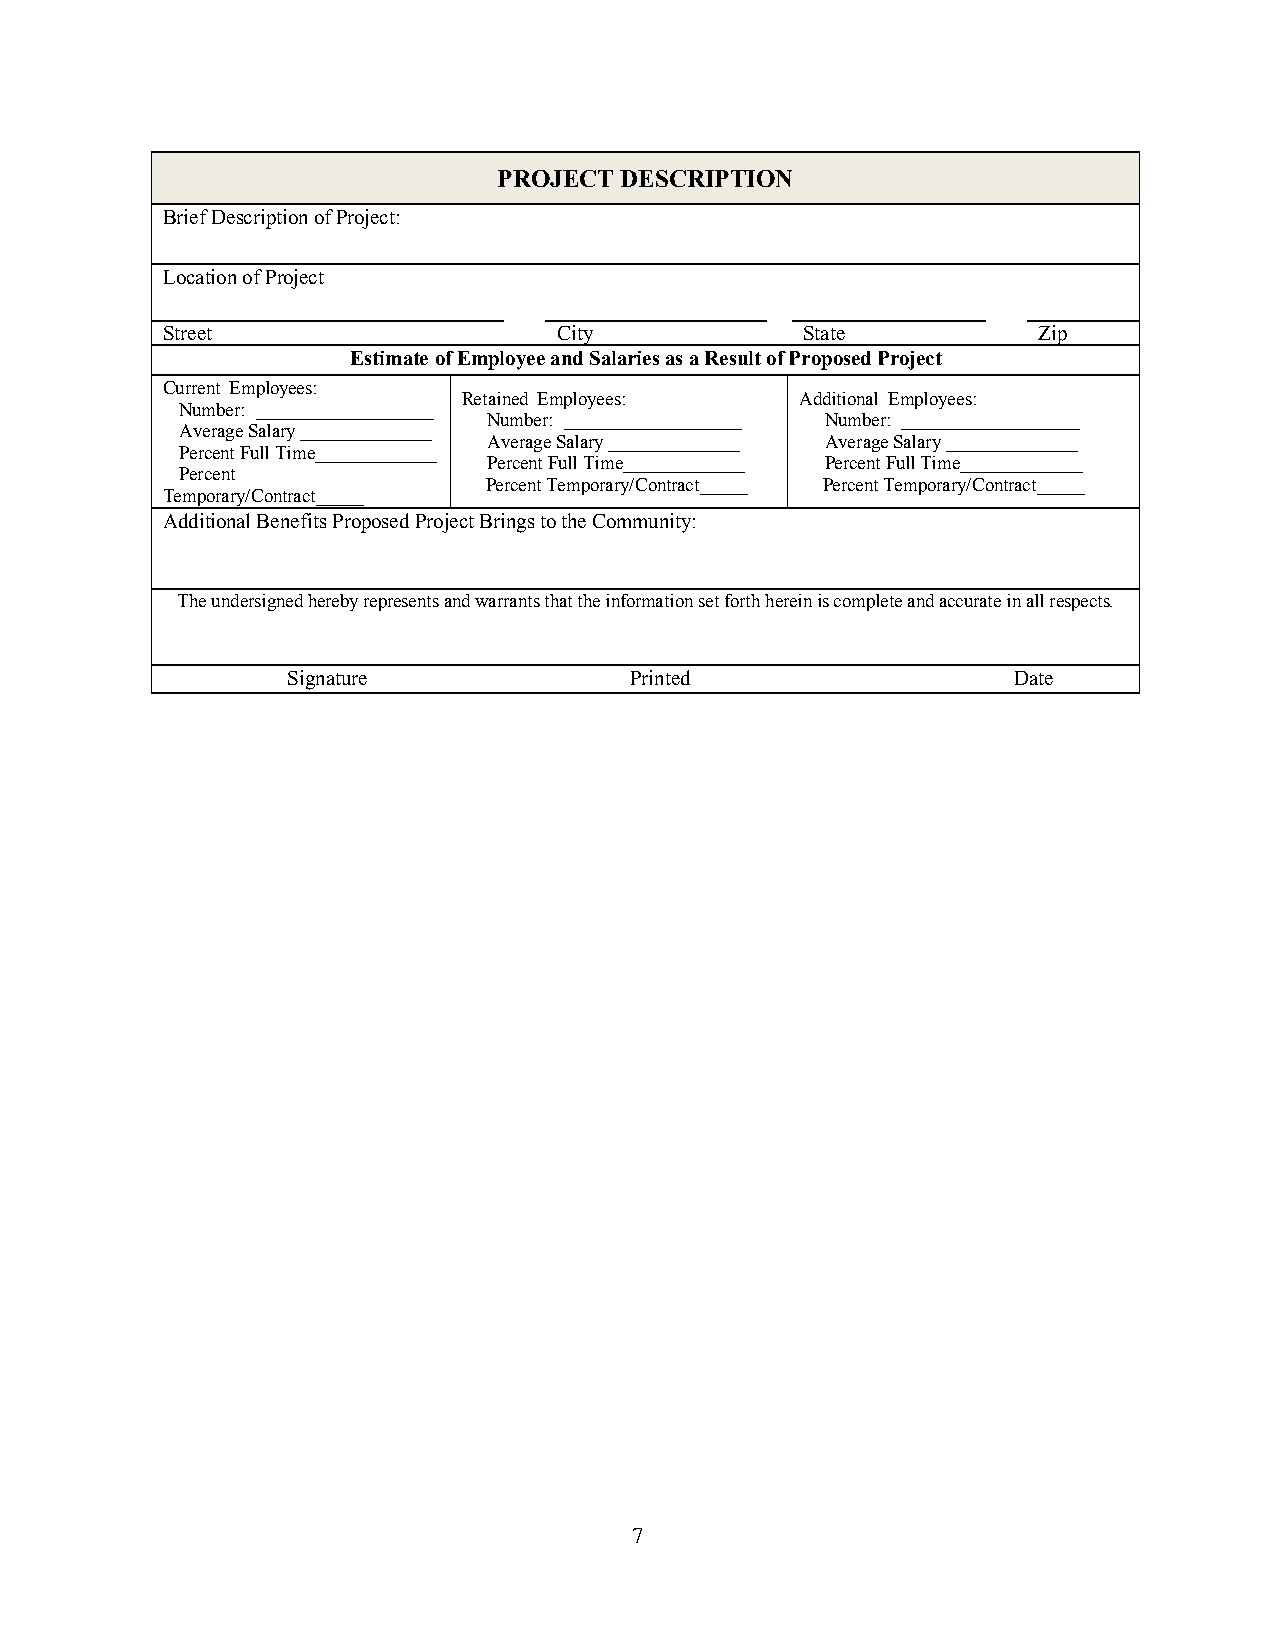
PROJECT DESCRIPTION
 Brief Description of Project:
 Location of Project
 Street                    City            State           Zip
 Estimate of Employee and Salaries as a Result of Proposed Project
 Current Employees:
 Retained Employees:   Additional Employees:
 Number: ___________________
 Number: ___________________ Number: ___________________
 Average Salary ______________
 Average Salary ______________ Average Salary ______________
 Percent Full Time_____________
 Percent Full Time_____________ Percent Full Time_____________
 Percent
 Percent Temporary/Contract_____ Percent Temporary/Contract_____
 Temporary/Contract_____
 Additional Benefits Proposed Project Brings to the Community:
 The undersigned hereby represents and warrants that the information set forth herein is complete and accurate in all respects.
 Signature              Printed                  Date
 7